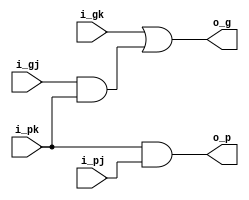
`default_nettype none

module black_cell(
  input  wire i_pj,
  input  wire i_gj,
  input  wire i_pk,
  input  wire i_gk,
  output wire o_g,
  output wire o_p
);

assign o_g = i_gk | (i_gj & i_pk);
assign o_p = i_pk & i_pj;

endmodule